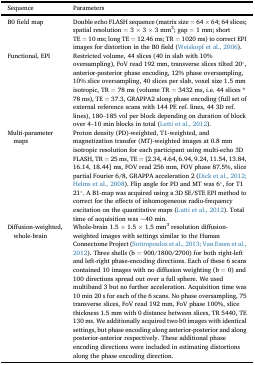
<table><thead><tr><td><b>Sequence</b></td><td><b>Parameters</b></td></tr></thead><tbody><tr><td>B0 field map</td><td>Double echo FLASH sequence (matrix size = 64 × 64; 64 slices; spatial resolution = 3 × 3 × 3 mm<sup>3</sup>; gap = 1 mm; short TE = 10 ms; long TE = 12.46 ms; TR = 1020 ms) to correct EPI images for distortion in the B0 field (Weiskopf et al., 2006).</td></tr><tr><td>Functional, EPI</td><td>Restricted volume, 44 slices (40 in slab with 10% oversampling), FoV read 192 mm, transverse slices tilted 20°, anterior-posterior phase encoding, 12% phase oversampling, 10% slice oversampling, 40 slices per slab, voxel size 1.5 mm isotropic, TR = 78 ms (volume TR = 3432 ms, i.e. 44 slices * 78 ms), TE = 37.3, GRAPPA2 along phase encoding (full set of external reference scans with 144 PE ref. lines, 44 3D ref. lines), 180–185 vol per block depending on duration of block over 4–10 min blocks in total (Lutti et al., 2012).</td></tr><tr><td>Multi-parameter maps</td><td>Proton density (PD)-weighted, T1-weighted, and magnetization transfer (MT)-weighted images at 0.8 mm isotropic resolution for each participant using multi-echo 3D FLASH, TR = 25 ms, TE = [2.34, 4.64, 6.94, 9.24, 11.54, 13.84, 16.14, 18.44] ms, FOV read 256 mm, FOV phase 87.5%, slice partial Fourier 6/8, GRAPPA acceleration 2 (Dick et al., 2012, Helms et al., 2008). Flip angle for PD and MT was 6°, for T1 21°. A B1-map was acquired using a 3D SE/STE EPI method to correct for the effects of inhomogeneous radio-frequency excitation on the quantitative maps (Lutti et al., 2012). Total time of acquisition was ∼40 min.</td></tr><tr><td>Diffusion-weighted, whole-brain</td><td>Whole-brain 1.5 × 1.5 × 1.5 mm<sup>3</sup> resolution diffusion-weighted images with settings similar to the Human Connectome Project (Sotiropoulos et al., 2013, Van Essen et al., 2012). Three shells (b = 900/1800/2700) for both right-left and left-right phase-encoding directions. Each of these 6 scans contained 10 images with no diffusion weighting (b = 0) and 100 directions spread out over a full sphere. We used multiband 3 but no further acceleration. Acquisition time was 10 min 20 s for each of the 6 scans. No phase oversampling, 75 transverse slices, FoV read 192 mm, FoV phase 100%, slice thickness 1.5 mm with 0 distance between slices, TR 5440, TE 130 ms. We additionally acquired two b0 images with identical settings, but phase encoding along anterior-posterior and along posterior-anterior respectively. These additional phase encoding directions were included in estimating distortions along the phase encoding direction.</td></tr></tbody></table>